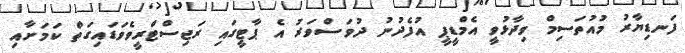
ފަނޑިޔާރު މުއުތަސިމް ވިދާޅުވީ އެމްޑީޕީ އުފެދުނު ދުވަސްވަރު އެ ޕާޓީގައި ރަޖިސްޓްރީވެވަޑައިގަތް ކަމަށާއި